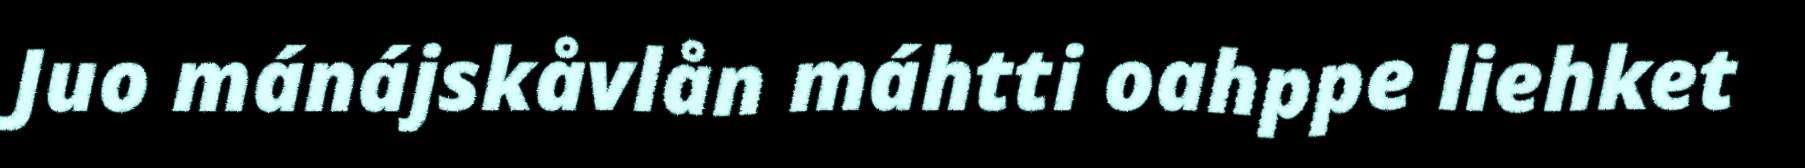
Juo mánájskåvlån máhtti oahppe liehket